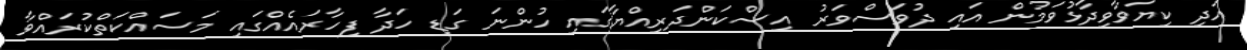
އަދި ކިޔަވާވިދާޅުވަމުން އައި ދުވަސްވަރު އިސްކަންދަރިއްޔާގައި ހުންނަ ގަޑި ހަދާ ފިހާރައެއްގައި މަސައްކަތްކުރައްވާ